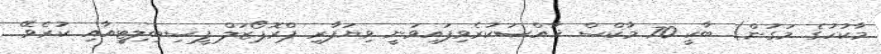
މާކުހުގެ މަގުން) ބާކީ 70 މާކްސް ޚާއްޞަކުރެވިފައިވަނީ ވިޔަފާރި ޕްރޮޕޯޒަލް ފީސިބިލިޓީއާއި ކުރެވޭ